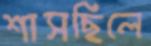
শাসছিলে